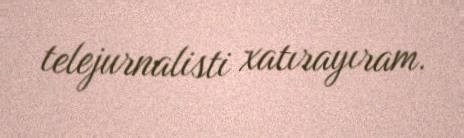
telejurnalisti xatırayıram.